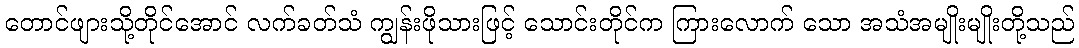
တောင်ဖျားသို့တိုင်အောင် လက်ခတ်သံ ကျွန်းဖိုသားဖြင့် သောင်းတိုင်က ကြားလောက် သော အသံအမျိုးမျိုးတို့သည်